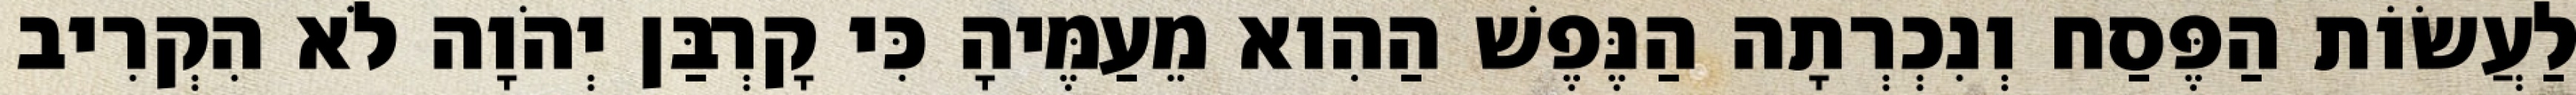
לַעֲשׂוֹת הַפֶּסַח וְנִכְרְתָה הַנֶּפֶשׁ הַהִוא מֵעַמֶּיהָ כִּי קָרְבַּן יְהֹוָה לֹא הִקְרִיב